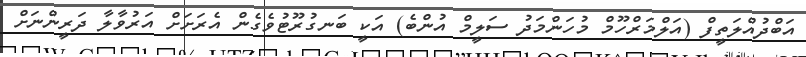
އަބްދުއްލަތީފް (އަލްމަރްހޫމް މުހަންމަދު ސަލީމް އުންބެ) އަކީ ބަނގުރޫޓުވެގެން އެރަށަށް އަރުވާލާ ދަރީންނަށް